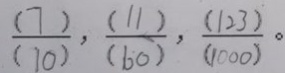
\frac { ( 7 ) } { ( 1 0 ) } , \frac { ( 1 1 ) } { ( 6 0 ) } , \frac { ( 1 2 3 ) } { ( 1 0 0 0 ) } 。